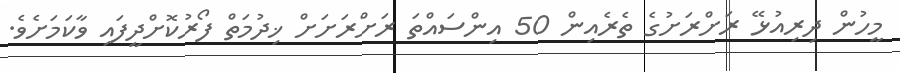
މީހުން ދިރިއުޅޭ ރަށްރަށުގެ ތެރެއިން 50 އިންސައްތަ ރަށްރަށަށް ޚިދުމަތް ފޯރުކޮށްދީފައި ވާކަމަށެވެ.